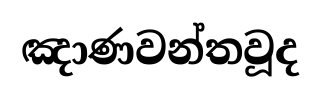
ඤාණවන්තවූද